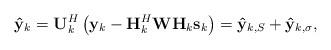
LaTeX: \begin{align*}\mathbf{\hat{y}}_{k} & =\mathbf{U}_{k}^{H}\left(\mathbf{y}_{k}-\mathbf{H}_{k}^{H}\mathbf{W}\mathbf{H}_{k}\mathbf{s}_{k}\right)=\mathbf{\mathbf{\hat{y}}}_{k,S}+\mathbf{\mathbf{\hat{y}}}_{k,\sigma},\end{align*}